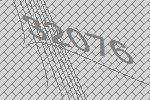
32076